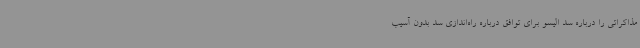
مذاکراتی را درباره سد الیسو برای توافق درباره راه‌اندازی سد بدون آسیب